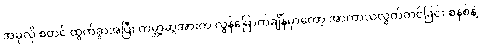
အခုလို စတင် ထွက်ခွာအပြီး ကမ္ဘာ့ဆွဲအားက လွန်မြောက်ချိန်မှာတော့ အာကာသလွှတ်တင်ခြင်း စနစ်နဲ့